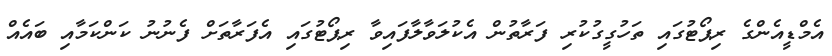
އެމްޑީއެންގެ ރިޕޯޓުގައި ތަހުގީގުކުރި ފަރާތުން އެކުލަވާލާފައިވާ ރިޕޯޓުގައި އެފަރާތަށް ފެނުނު ކަންކަމާއި ބައެއް